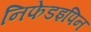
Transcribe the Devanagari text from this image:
निफेडइपिन